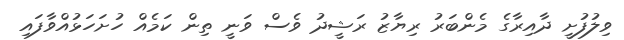
ވިލުފުށީ ދާއިރާގެ މެންބަރު ރިޔާޒު ރަޝީދު ވެސް ވަނީ ތިން ކަމެއް ހުށަހަޅުއްވާފައި